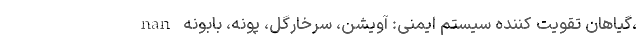
nan گیاهان تقویت کننده سیستم ایمنی: آویشن، سرخارگل، پونه، بابونه،